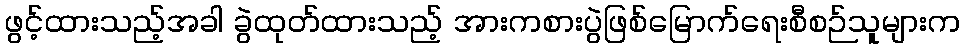
ဖွင့်ထားသည့်အခါ ခွဲထုတ်ထားသည့် အားကစားပွဲဖြစ်မြောက်ရေးစီစဉ်သူများက